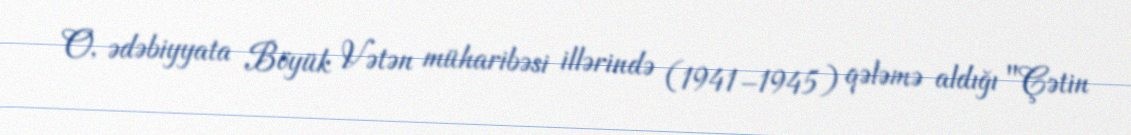
O, ədəbiyyata Böyük Vətən müharibəsi illərində (1941–1945) qələmə aldığı "Çətin